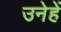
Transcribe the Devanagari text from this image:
उनेहें